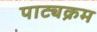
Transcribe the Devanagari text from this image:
पाट्यक्रम